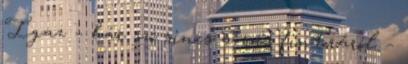
Igaz – bár szó sincs a sors fintoráról –